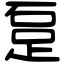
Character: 𨀂